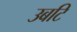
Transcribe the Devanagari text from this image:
उबटि